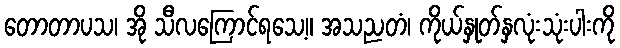
တောတာပသ၊ အို သီလကြောင်ရသေ့။ အသညတံ၊ ကိုယ်နှုတ်နှလုံးသုံးပါးကို